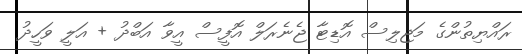
ރައްޔިތުންގެ މަޖިލިސް އޮޑިޓާ ޖެނެރަލް އޮފީސް އީވާ އަބްދު + އަލީ ވަހީދު